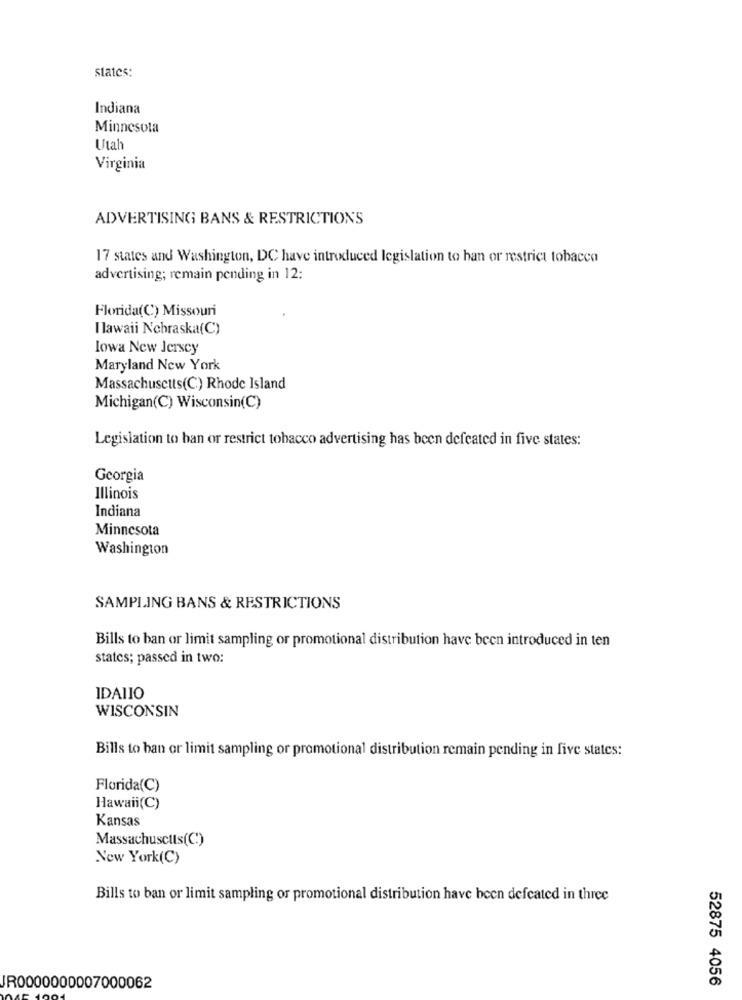
states:
Indiana
Minnesota
Utah
Virginia
ADVERTISING BANS & RESTRICTIONS
17 states and Washington, DC have introduced legislation to han or restrict tobacco
advertising; remain pending in 12:
Florida(C) Missouri
I lawaii Nebraska(C)
lowa New Jersey
Maryland New York
Massachusetts(C) Rhode Island
Michigan(C) Wisconsin(C)
Legislation to han or restrict tobacco advertising has been defeated in five states:
Georgia
Illinois
Indiana
Minnesota
Washington
SAMPLING BANS & RESTRICTIONS
Bills to ban or limit sampling or promotional distribution have been introduced in ten
states; passed in two:
IDAIIO
WISCONSIN
Bills to ban or limit sampling or promotional distribution remain pending in five states:
Florida(C)
Hawaii(C)
Kansas
Massachusetts(C)
New York(C)
Bills to ban or limit sampling or promotional distribution have been defeated in three
52875 4056
JR0000000007000062